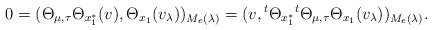
\begin{align*}0=(\Theta_{\mu,\tau}\Theta_{x_1^*}(v),\Theta_{x_1}(v_\lambda))_{M_e(\lambda)}=(v,{}^{t}\Theta_{x_1^*}{}^{t}\Theta_{\mu,\tau}\Theta_{x_1}(v_\lambda))_{M_e(\lambda)}.\end{align*}